system: You are a helpful assistant.
user:
Analyze the provided spectrum to determine if it is a **"Cataclysmic Variables (CV)"**.

- **Key Indicators for CV (Check for either state):**
    - **State 1: Quiescent / Low-State (Emission-Dominated)**
        - **(Primary):** Strong and *very broad* Hydrogen Balmer emission lines (e.g., $H\alpha$ at 6563 Å, $H\beta$ at 4861 Å). The 'broadness' (high velocity dispersion, often FWHM > 1000 km/s) is the key diagnostic, indicating a high-velocity accretion disk.
        - **(Secondary):** Broad neutral Helium (He I) emission lines (e.g., 5876 Å, 6678 Å).
        - **(Key Confirmation):** Presence of high-excitation *ionized* Helium (He II) emission at 4686 Å. This is a strong indicator of accretion onto a white dwarf.
        - **(Line Profile):** Emission lines may exhibit a 'double-peaked' profile, which is a classic signature of a rotating accretion disk viewed at high inclination.

    - **State 2: Outburst / High-State (Absorption-Dominated)**
        - **(Primary):** Spectrum is dominated by a bright, blue continuum (looks like a hot star).
        - **(Secondary):** The emission lines from State 1 are weak, absent, or 'filled in', and are replaced by broad, shallow *absorption* lines (primarily Balmer and He I).
        - **(Morphology):** The overall spectrum mimics a hot B/A-type star. The crucial difference is that the absorption lines are significantly broader, shallower, and more 'washed-out' (or 'smeared') than the sharp lines of a normal stellar photosphere, due to high rotational speeds and pressure broadening in the disk.

Think first, call **spectral_visualization_tool** if needed to examine features in detail, then provide your final answer. Your response must adhere to the following strict rules:
1.  **Overall Structure:** Your response must follow the format `<think>...</think> <tool_call>...</tool_call> (if a tool is used) <answer>...</answer>`.
2.  **Tool Usage Constraint:** You may only make **one** tool call per turn.
3.  **Final Answer Format:** In the `<answer>` tag, your conclusion must be inside a `\boxed{}` command (e.g., `\boxed{YES}`), followed by your justification.

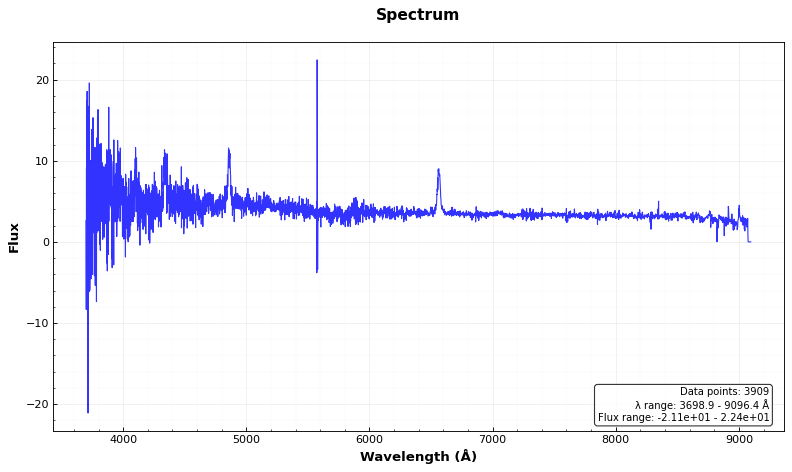
Answer: YES